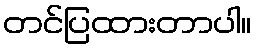
တင်ပြထားတာပါ။